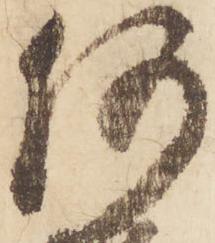
何